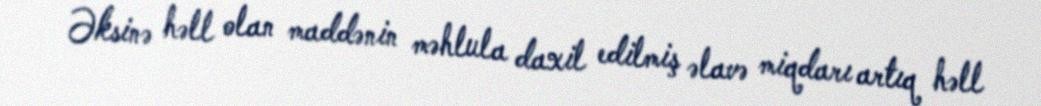
Əksinə həll olan maddənin məhlula daxil edilmiş əlavə miqdarı artıq həll